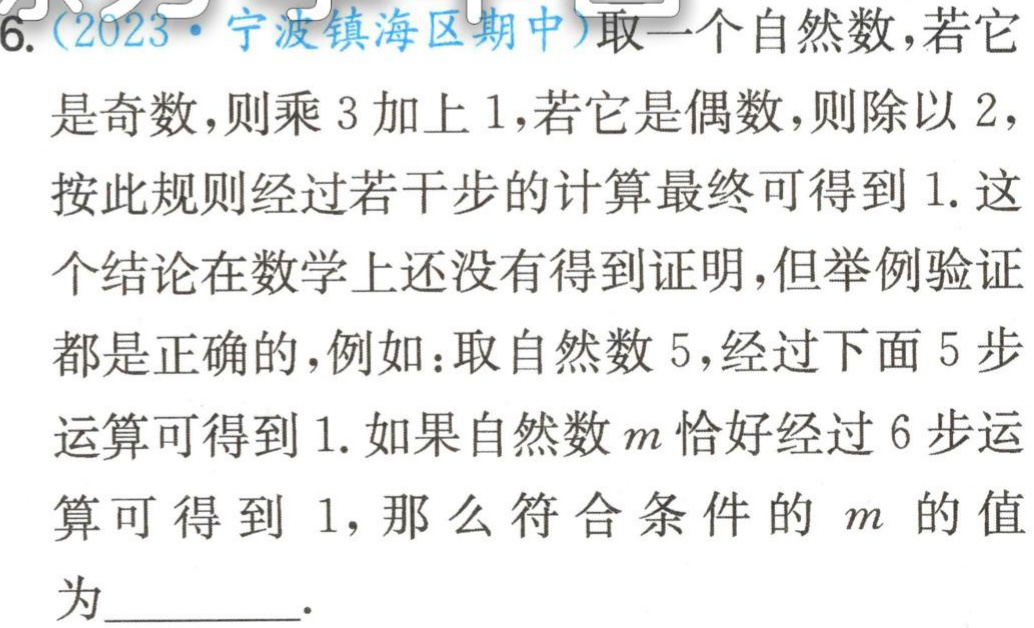
6. (2023·宁波镇海区期中)取一个自然数，若它是奇数，则乘 3 加上 1，若它是偶数，则除以 2，按此规则经过若干步的计算最终可得到 1. 这个结论在数学上还没有得到证明，但举例验证都是正确的，例如：取自然数 5，经过下面 5 步运算可得到 1. 如果自然数\(m\)恰好经过 6 步运算可得到 1，那么符合条件的\(m\)的值为  ．